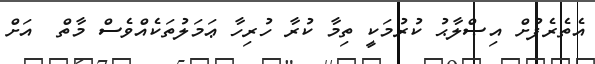
އެތެރެފުށް އިޞްލާޙު ކުރުމަކީ ތިމާ ކުރާ ހުރިހާ ޢަމަލުތަކެއްވެސް މާތް  އަށް